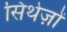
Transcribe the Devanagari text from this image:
सिंथेज़ों